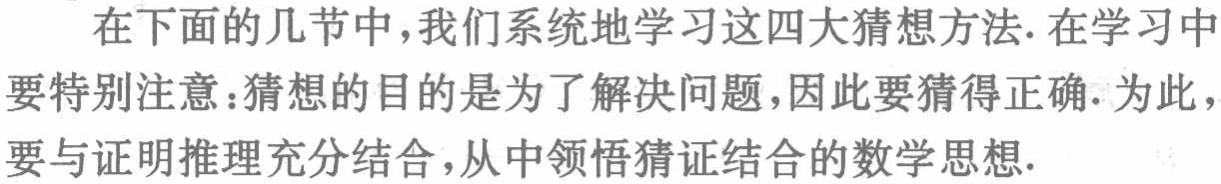
在下面的几节中，我们系统地学习这四大猜想方法. 在学习中要特别注意：猜想的目的是为了解决问题，因此要猜得正确. 为此，要与证明推理充分结合，从中领悟猜证结合的数学思想.